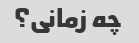
چه زمانی؟